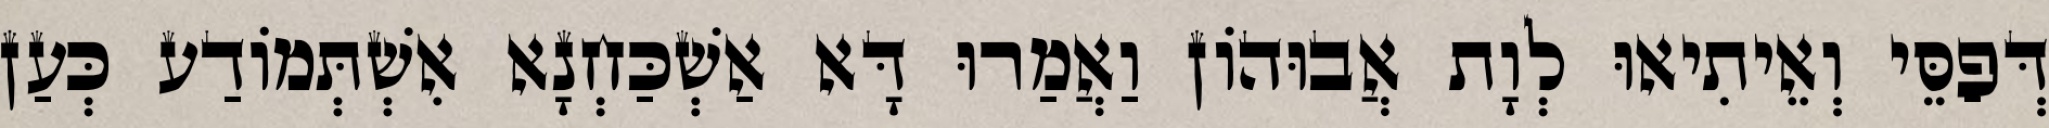
דְּפַסֵּי וְאֵיתִיאוּ לְוָת אֲבוּהוֹן וַאֲמַרוּ דָּא אַשְׁכַּחְנָא אִשְׁתְּמוֹדַע כְּעַן